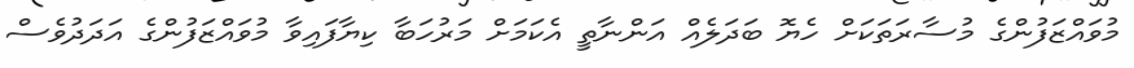
މުވައްޒަފުންގެ މުސާރަތަކަށް ހެޔޮ ބަދަލެއް އަންނާތީ އެކަމަށް މަރުހަބާ ކިޔާފައިވާ މުވައްޒަފުންގެ އަދަދުވެސް